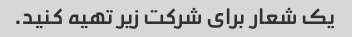
یک شعار برای شرکت زیر تهیه کنید.